Annual report on the working of the Harcourt Butler Institute of Public Health, Rangoon
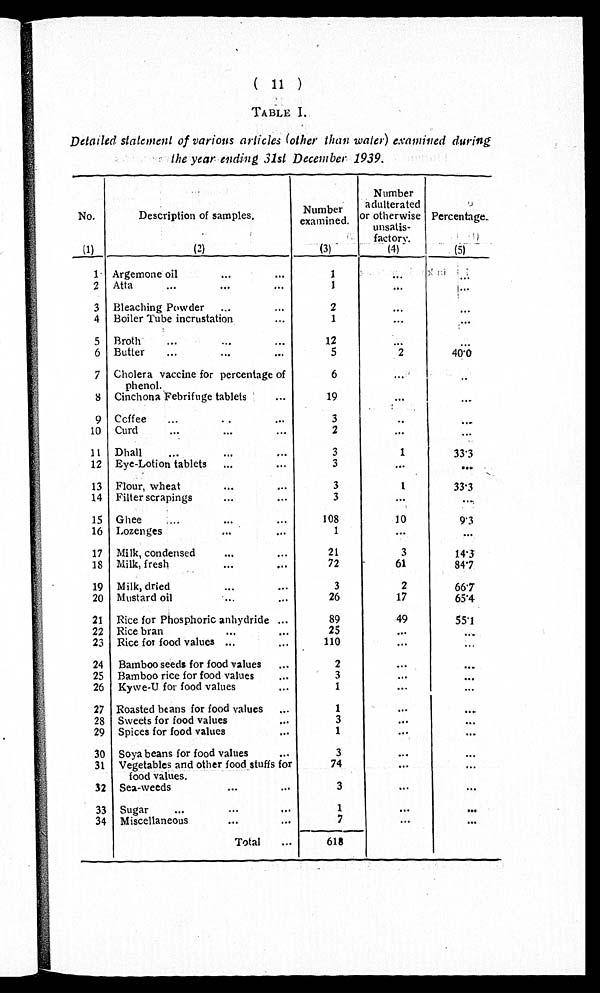
(11)
TABLE I.
Detailed statement of various articles (other than water) examined during
the year ending 31st December 1939.
No.
Description of samples.
Number
examined.
Number
adulterated
or otherwise
unsatis
factory.
Percentage .
(1)
(2)
(3)
( 4 )
(5)
1
Argemone oil
...
...
1
. . .
. . .
2 Atta
...
...
...
1
...
. . .
3 Bleaching Powder
...
...
2
. . .
. . .
4 Boiler Tube incrustation
...
1
...
. . .
5 Broth
...
...
12
. . .
. . .
6 Butter
...
...
5
2
4 0 . 0
7 Cholera vaccine for percentage of
phenol.
6
. . .
. . .
8 Cinchona Febrifuge tablets
...
19
...
. . .
9 Coffee
...
...
...
3
. . .
. . .
10 Curd
...
...
...
2
...
. . .
11 Dhall
...
...
...
3
1
33.3
12 Eye-Lotion tablets
...
...
3
...
...
13 Flour, wheat
...
...
3
1
33.3
14 Filter scrapings
...
...
3
...
...
15 Ghee
...
...
...
108
10
9 . 3
16 Lozenges
...
...
1
...
. . .
17 Milk, condensed
...
...
21
3
14.3
18 Milk, fresh
...
...
72
61
8 4 . 1
19 Milk, dried
...
...
3
2
66.7
20 Mustard oil
...
26
17
65.4
21 Rice for Phosphoric anhydride ...
89
49
55.1
22 Rice bran
...
...
25
. . .
...
23 Rice for food values ... ...
110
. . .
...
24 Bamboo seeds for food values
...
2
. . .
. . .
25 Bamboo rice for food values
...
3
...
. . .
26 Kywe-U for food values
. . .
1
. . .
. . .
27 Roasted beans for food values
...
1
. . .
. . .
28 Sweets for food values
...
3
. . .
. . .
29 Spices for food values
. . .
1
. . .
...
30 Soya beans for food values
. . .
3
. . .
. . .
31 Vegetables and other food stuffs for
food values.
74
. . .
. . .
32 Sea-weeds
...
. . .
3
. . .
. . .
33 Sugar
... ...
. . .
1
...
. . .
34 Miscellaneous
...
...
7
...
. . .
Total
...
618